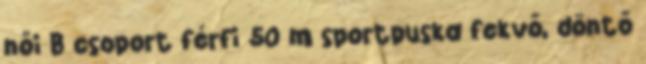
női B csoport férfi 50 m sportpuska fekvő, döntő